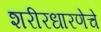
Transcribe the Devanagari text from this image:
शरीरधारणेचे